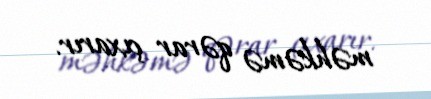
məhkəmə qərar çıxarır.